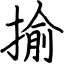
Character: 揄